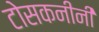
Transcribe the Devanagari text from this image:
टोसकनीनी